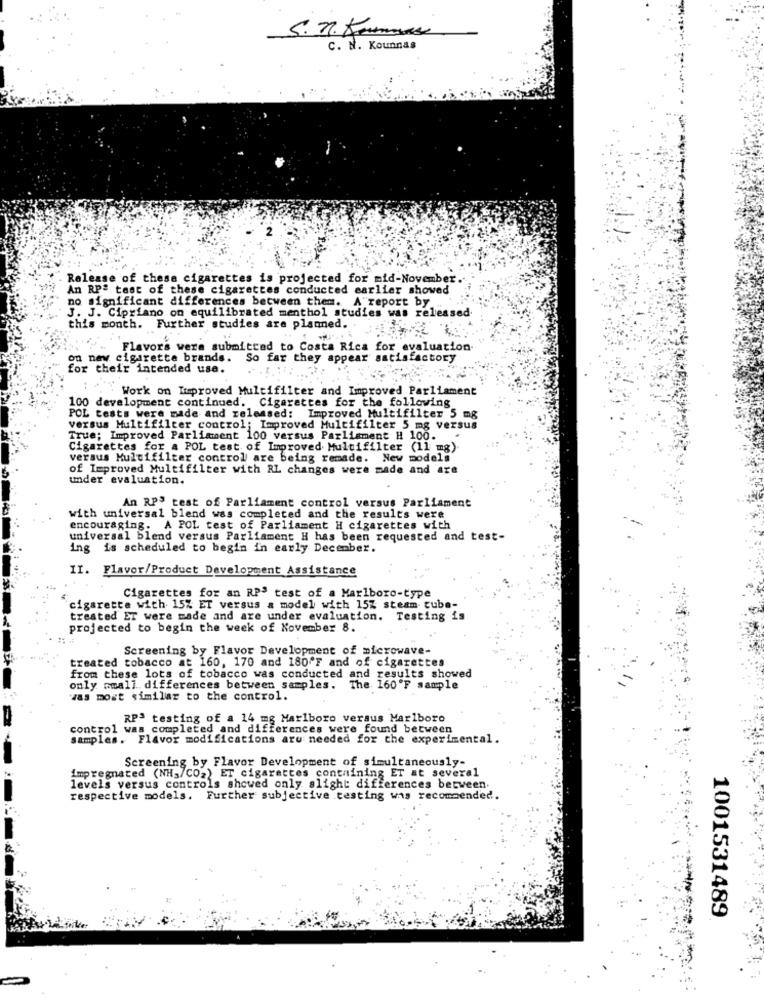
5.71. Koumans
C. N. Kounnas
Release of these cigarettes is projected for mid-November.
An RPª tast of these cigarettes conducted earlier showed
no significant differences between them. A"report by
J. J. Cipriano on equilibrated menthol studies was released
this month. Further studies are planned. 4 4
Flavors were submitted to Costa Rica for evaluation
on new cigarette brands. So far they appear satisfactory
for their intended use.
Work on Itproved Multifilter and Improved Parliament
100 development continued. Cigarettes for the following
POL tests were made and released: Improved Multifilter 5 mg
versus Multifilter control; Improved Multifilter 5 mg versus
True; Improved Parliament 100 versus Parliament H 100.
Cigarettes for a POL test of Improved Multifilter (11 mg)
versus Multifilter control are being remade. New models
of Improved Multifilter with RL changes were made and are
under evaluation.
An RPS test of Parliament control versus Parliament
with universal blend was completed and the results were
encouraging. A POL test of Parliament H cigarettes with
universal blend versus Parliament H has been requested and test-
ing is scheduled to begin in early December.
II. Flavor/Product Development Assistance
Cigarettes for an RPª test of a Marlboro-type
cigarette with 15% ET versus a model with 15Z steam tube-
treated ET were made and are under evaluation. Testing is
projected to begin the week of November 8.
Screening by Flavor Development of microwave-
treated tobacco at 160, 170 and 180'F and of cigarettes
from these lots of tobacco was conducted and results showed
only small differences between samples. The 160'F sample
was most similar to the control.
RPª testing of a 14 mg Marlboro versus Marlboro
control was completed and differences were found between
samples. Flavor modifications aru needed for the experimental.
Screening by Flavor Development of simultaneously-
impregnated (NH,/CO2) ET cigarettes containing ET at several
levels versus controls showed only alight differences between
respective models. Further subjective testing was recommended.
1001531489